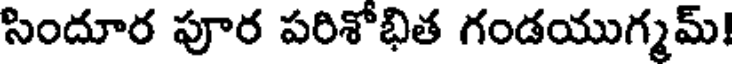
సిందూర పూర పరిశోభిత గండయుగ్మమ్!